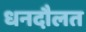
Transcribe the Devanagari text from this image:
धनदौलत